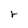
Character: r